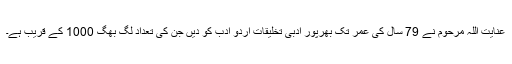
عنایت اللہ مرحوم نے 79 سال کی عمر تک بھرپور ادبی تخلیقات اُردو ادب کو دیں جن کی تعداد لگ بھگ 1000 کے قریب ہے۔